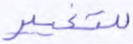
للتغيير